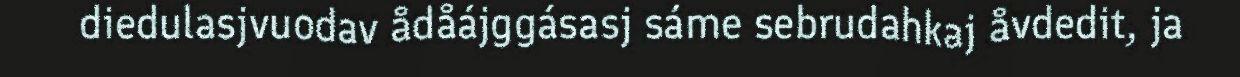
diedulasjvuodav ådåájggásasj sáme sebrudahkaj åvdedit, ja